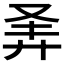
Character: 𪪴